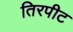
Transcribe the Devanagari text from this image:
तिरपीट